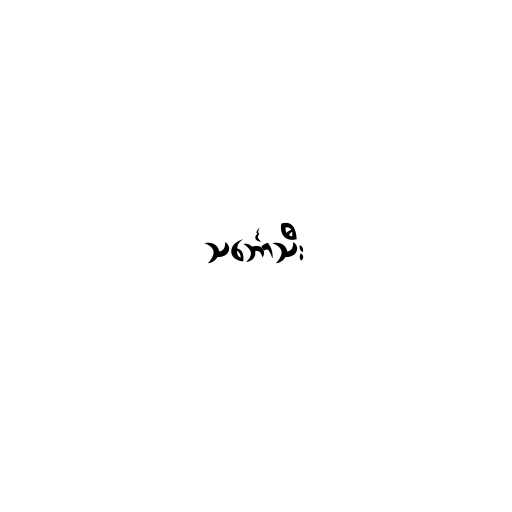
သင်္ဘောသီး